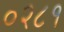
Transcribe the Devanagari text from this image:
०२८१